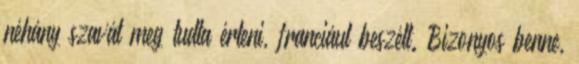
néhány szavát meg tudta érteni, franciául beszélt. Bizonyos benne,